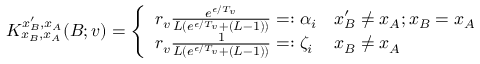
\begin{array} { r } { K _ { x _ { B } , x _ { A } } ^ { x _ { B } ^ { \prime } , x _ { A } } ( B ; v ) = \left\{ \begin{array} { l l } { r _ { v } \frac { e ^ { \epsilon / T _ { v } } } { L ( e ^ { \epsilon / T _ { v } } + ( L - 1 ) ) } = : \alpha _ { i } } & { x _ { B } ^ { \prime } \neq x _ { A } ; x _ { B } = x _ { A } } \\ { r _ { v } \frac { 1 } { L ( e ^ { \epsilon / T _ { v } } + ( L - 1 ) ) } = : \zeta _ { i } } & { x _ { B } \neq x _ { A } } \end{array} \right. } \end{array}